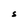
Character: S